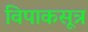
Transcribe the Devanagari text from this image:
विपाकसूत्र